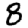
Digit: 8